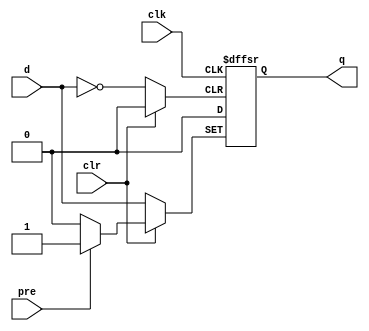
module dffsr
    ( input d, clk, pre, clr, output reg q );
	always @( negedge clk, posedge pre, negedge clr )
		if ( pre )
			q <= 1'b1;
		else if ( clr )
			q <= 1'b0;
		else
            q <= d;
endmodule

module top (
input clk,
input clr,
input pre,
input a,
output b
);

dffsr u_dffsr (
        .clk (clk ),
`ifndef BUG
        .clr (clr),
        .pre (pre),
`else
        .clr (1'b1),
        .pre (1'b0),
`endif
        .d (a ),
        .q (b )
    );

endmodule